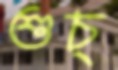
শুচ্